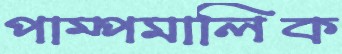
পাম্পমালিক